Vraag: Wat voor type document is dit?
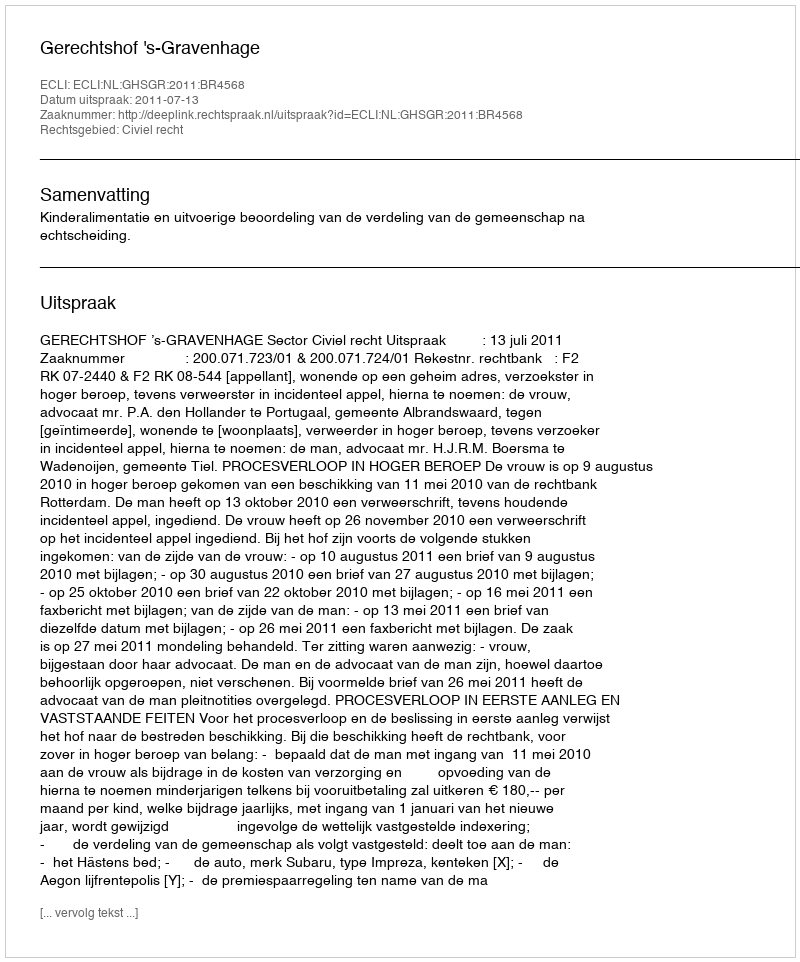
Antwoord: Uitspraak